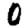
Digit: 0